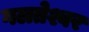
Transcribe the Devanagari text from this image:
गलतेश्वर